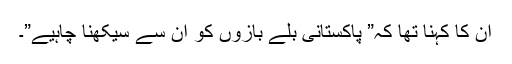
ان کا کہنا تھا کہ” پاکستانی بلے بازوں کو ان سے سیکھنا چاہیے”۔